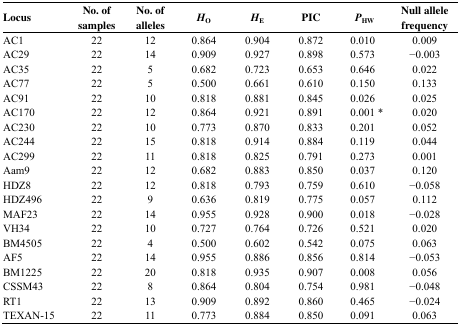
<table><thead><tr><td><b>Locus</b></td><td><b>No. of samples</b></td><td><b>No. of alleles</b></td><td><b><i>H</i><sub>O</sub></b></td><td><b><i>H</i><sub>E</sub></b></td><td><b>PIC</b></td><td><b><i>P</i><sub>HW</sub></b></td><td><b>Null allele frequency</b></td></tr></thead><tbody><tr><td>AC1</td><td>22</td><td>12</td><td>0.864</td><td>0.904</td><td>0.872</td><td>0.010</td><td>0.009</td></tr><tr><td>AC29</td><td>22</td><td>14</td><td>0.909</td><td>0.927</td><td>0.898</td><td>0.573</td><td>−0.003</td></tr><tr><td>AC35</td><td>22</td><td>5</td><td>0.682</td><td>0.723</td><td>0.653</td><td>0.646</td><td>0.022</td></tr><tr><td>AC77</td><td>22</td><td>5</td><td>0.500</td><td>0.661</td><td>0.610</td><td>0.150</td><td>0.133</td></tr><tr><td>AC91</td><td>22</td><td>10</td><td>0.818</td><td>0.881</td><td>0.845</td><td>0.026</td><td>0.025</td></tr><tr><td>AC170</td><td>22</td><td>12</td><td>0.864</td><td>0.921</td><td>0.891</td><td>0.001 *</td><td>0.020</td></tr><tr><td>AC230</td><td>22</td><td>10</td><td>0.773</td><td>0.870</td><td>0.833</td><td>0.201</td><td>0.052</td></tr><tr><td>AC244</td><td>22</td><td>15</td><td>0.818</td><td>0.914</td><td>0.884</td><td>0.119</td><td>0.044</td></tr><tr><td>AC299</td><td>22</td><td>11</td><td>0.818</td><td>0.825</td><td>0.791</td><td>0.273</td><td>0.001</td></tr><tr><td>Aam9</td><td>22</td><td>12</td><td>0.682</td><td>0.883</td><td>0.850</td><td>0.037</td><td>0.120</td></tr><tr><td>HDZ8</td><td>22</td><td>12</td><td>0.818</td><td>0.793</td><td>0.759</td><td>0.610</td><td>−0.058</td></tr><tr><td>HDZ496</td><td>22</td><td>9</td><td>0.636</td><td>0.819</td><td>0.775</td><td>0.057</td><td>0.112</td></tr><tr><td>MAF23</td><td>22</td><td>14</td><td>0.955</td><td>0.928</td><td>0.900</td><td>0.018</td><td>−0.028</td></tr><tr><td>VH34</td><td>22</td><td>10</td><td>0.727</td><td>0.764</td><td>0.726</td><td>0.521</td><td>0.020</td></tr><tr><td>BM4505</td><td>22</td><td>4</td><td>0.500</td><td>0.602</td><td>0.542</td><td>0.075</td><td>0.063</td></tr><tr><td>AF5</td><td>22</td><td>14</td><td>0.955</td><td>0.886</td><td>0.856</td><td>0.814</td><td>−0.053</td></tr><tr><td>BM1225</td><td>22</td><td>20</td><td>0.818</td><td>0.935</td><td>0.907</td><td>0.008</td><td>0.056</td></tr><tr><td>CSSM43</td><td>22</td><td>8</td><td>0.864</td><td>0.804</td><td>0.754</td><td>0.981</td><td>−0.048</td></tr><tr><td>RT1</td><td>22</td><td>13</td><td>0.909</td><td>0.892</td><td>0.860</td><td>0.465</td><td>−0.024</td></tr><tr><td>TEXAN-15</td><td>22</td><td>11</td><td>0.773</td><td>0.884</td><td>0.850</td><td>0.091</td><td>0.063</td></tr></tbody></table>